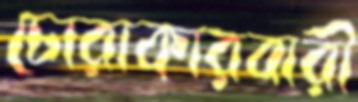
চোরাকারবারী